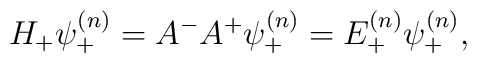
H_{+}\psi^{(n)}_{+} = A^- A^+ \psi^{(n)}_{+} =E^{(n)}_{+}\psi^{(n)}_{+},